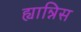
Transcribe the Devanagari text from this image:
ह्यान्निस